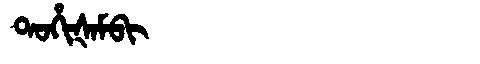
Manchu: ᡨᠣᡥᡳᡧᠠᠮᠪᡳ
Romanization: TOHIŠAMBI